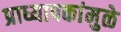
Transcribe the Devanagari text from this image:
प्राध्यापकांमुळे